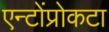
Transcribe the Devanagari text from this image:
एन्टोंप्रोकटा